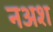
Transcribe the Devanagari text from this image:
नअश